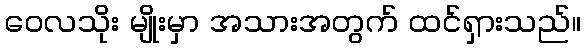
ဝေလသိုး မျိုးမှာ အသားအတွက် ထင်ရှားသည်။